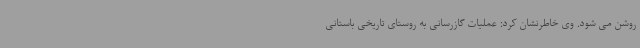
روشن می شود. وی خاطرنشان کرد: عملیات گازرسانی به روستای تاریخی باستانی